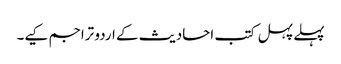
پہلے پہل کتب احادیث کے اردو تراجم کیے۔